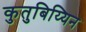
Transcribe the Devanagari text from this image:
कुतुबिय्यिन